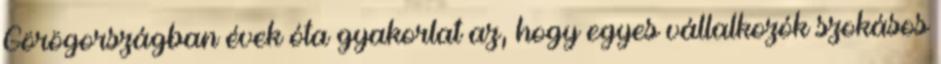
Görögországban évek óta gyakorlat az, hogy egyes vállalkozók szokásos